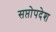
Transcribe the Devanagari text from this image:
सप्तोपदेश